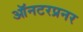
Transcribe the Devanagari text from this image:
ऑनटरप्रनर